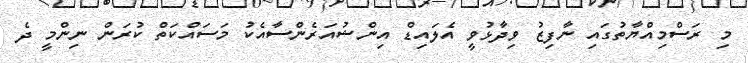
މި ރަސްމިއްޔާތުގައި ނާފިޒު ވިދާޅުވީ އެލައިޑް އިންޝުއަރެންސާއެކު މަސައްކަތް ކުރަން ނިންމީ ދެ